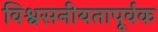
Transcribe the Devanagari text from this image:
विश्वसनीयतापूर्वक